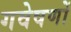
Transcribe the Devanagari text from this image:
गवेषणों